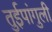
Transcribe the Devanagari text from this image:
तुईपांगुली